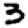
Digit: 3